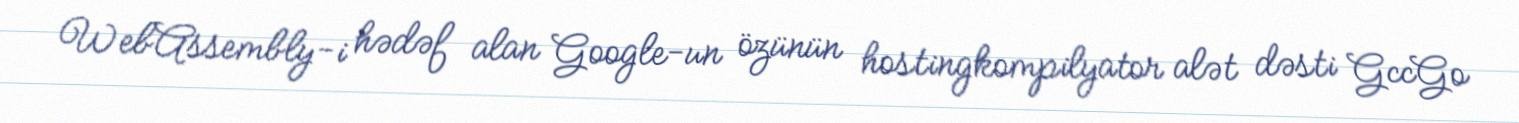
WebAssembly-i hədəf alan Google-un özünün hostingkompilyator alət dəsti GccGo